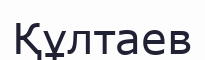
Құлтаев